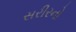
સરીરનો